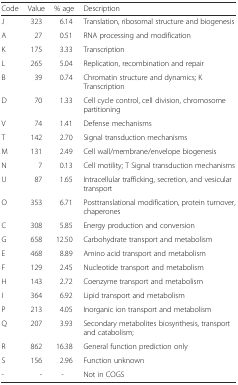
| Code | Value | % age | Description |
 | --- | --- | --- | --- |
 | J | 323 | 6.14 | Translation, ribosomal structure and biogenesis |
 | A | 27 | 0.51 | RNA processing and modification |
 | K | 175 | 3.33 | Transcription |
 | L | 265 | 5.04 | Replication, recombination and repair |
 | B | 39 | 0.74 | Chromatin structure and dynamics; K Transcription |
 | D | 70 | 1.33 | Cell cycle control, cell division, chromosome partitioning |
 | V | 74 | 1.41 | Defense mechanisms |
 | T | 142 | 2.70 | Signal transduction mechanisms |
 | M | 131 | 2.49 | Cell wall/membrane/envelope biogenesis |
 | N | 7 | 0.13 | Cell motility; T Signal transduction mechanisms |
 | U | 87 | 1.65 | Intracellular trafficking, secretion, and vesicular transport |
 | O | 353 | 6.71 | Posttranslational modification, protein turnover, chaperones |
 | C | 308 | 5.85 | Energy production and conversion |
 | G | 658 | 12.50 | Carbohydrate transport and metabolism |
 | E | 468 | 8.89 | Amino acid transport and metabolism |
 | F | 129 | 2.45 | Nucleotide transport and metabolism |
 | H | 143 | 2.72 | Coenzyme transport and metabolism |
 | I | 364 | 6.92 | Lipid transport and metabolism |
 | P | 213 | 4.05 | Inorganic ion transport and metabolism |
 | Q | 207 | 3.93 | Secondary metabolites biosynthesis, transport and catabolism; |
 | R | 862 | 16.38 | General function prediction only |
 | S | 156 | 2.96 | Function unknown |
 | - | - | - | Not in COGS |